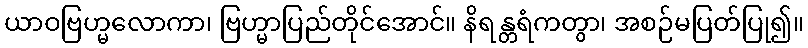
ယာဝဗြဟ္မလောကာ၊ ဗြဟ္မာပြည်တိုင်အောင်။ နိရန္တရံကတွာ၊ အစဉ်မပြတ်ပြု၍။